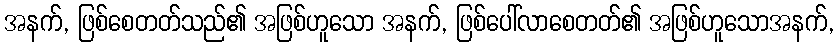
အနက်, ဖြစ်စေတတ်သည်၏ အဖြစ်ဟူသော အနက်, ဖြစ်ပေါ်လာစေတတ်၏ အဖြစ်ဟူသောအနက်,